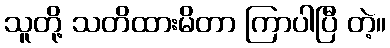
သူတို့ သတိထားမိတာ ကြာပါပြီ တဲ့။